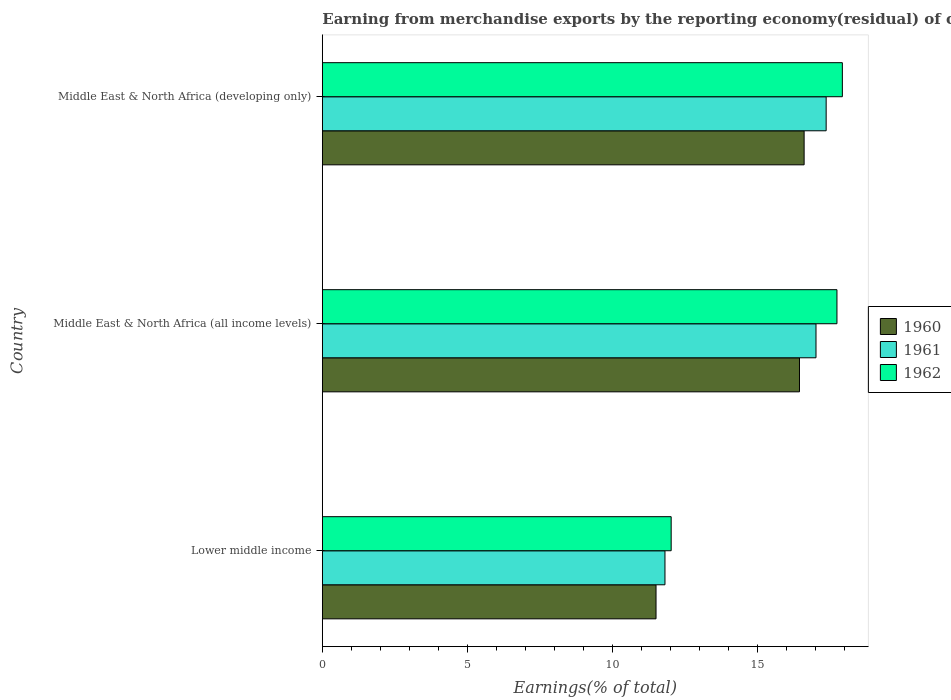
| Country | 1960 | 1961 | 1962 |
 | --- | --- | --- | --- |
 | Lower middle income | 11.5 | 11.8 | 12 |
 | Middle East & North Africa (all income levels) | 16.4 | 17 | 17.7 |
 | Middle East & North Africa (developing only) | 16.6 | 17.4 | 17.9 |